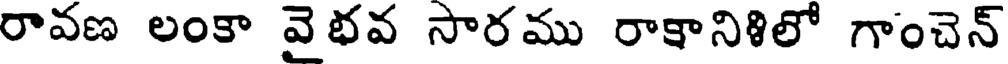
రావణ లంకా వెభవ సారము రాక్షానిశిలో గాంచెన్